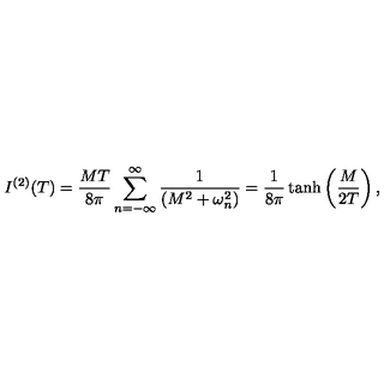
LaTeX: I ^ { ( 2 ) } ( T ) = { \frac { M T } { 8 \pi } } \sum _ { n = - \infty } ^ { \infty } { \frac { 1 } { \left( M ^ { 2 } + \omega _ { n } ^ { 2 } \right) } } = { \frac { 1 } { 8 \pi } } \tanh \left( { \frac { M } { 2 T } } \right) ,